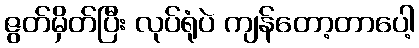
ဇွတ်မှိတ်ပြီး လုပ်ရုံပဲ ကျန်တော့တာပေါ့